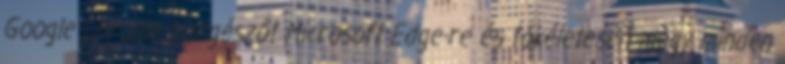
Google Chrome böngészőt Microsoft Edge-re és tökéletesen megy minden